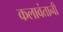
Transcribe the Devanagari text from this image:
कलावंतानी